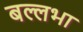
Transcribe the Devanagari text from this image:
बल्लभा